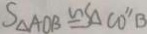
S _ { \Delta A D B } \cong S _ { \Delta C O ^ { \prime } ^ { \prime } B }